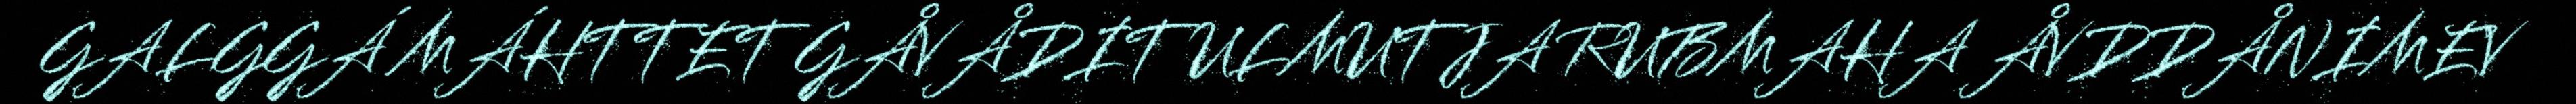
GALGGÁ MÁHTTET GÅVÅDIT ULMUTJA RUBMAHA ÅVDDÅNIMEV